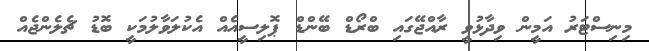
މިނިސްޓަރު އަމީން ވިދާޅުވީ ރާއްޖޭގައި ބްރޯޑް ބޭންޑް ޕޮލިސީއެއް އެކުލަވާލުމަކީ ބޮޑު ޗެލެންޖެއް